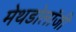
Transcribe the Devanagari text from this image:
मेथडोलॉजी